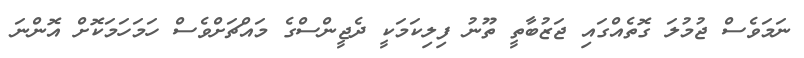
ނަމަވެސް ޖުމުލަ ގޮތެއްގައި ޖަޒުބާތީ ތޫނު ފިލިކަމަކީ ދެޖީންސްގެ މައްޗަށްވެސް ހަމަހަމަކޮށް އޮންނަ